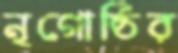
নৃগোষ্ঠির